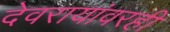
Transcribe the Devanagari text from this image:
देवरायांवरही